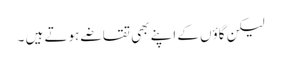
لیکن گاؤں کے اپنے بھی تقاضے ہوتے ہیں ۔